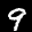
Label: 9